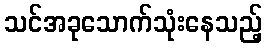
သင်အခုသောက်သုံးနေသည့်